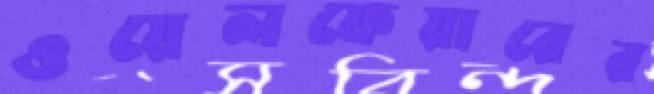
ওয়েলফেয়ারের